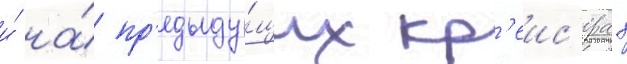
и́ на́ пр'едыду́щих кр'еис'ерах